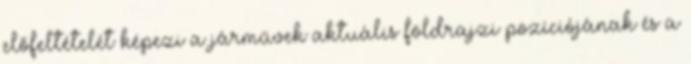
előfeltételét képezi a járművek aktuális földrajzi pozíciójának és a